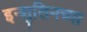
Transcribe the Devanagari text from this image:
इन्शुलिनच्या